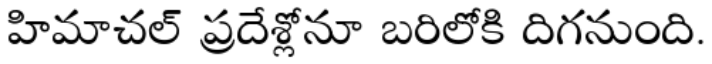
హిమాచల్ ప్రదేశ్లోనూ బరిలోకి దిగనుంది.